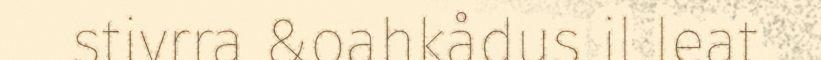
stivrra &oahkådus il leat